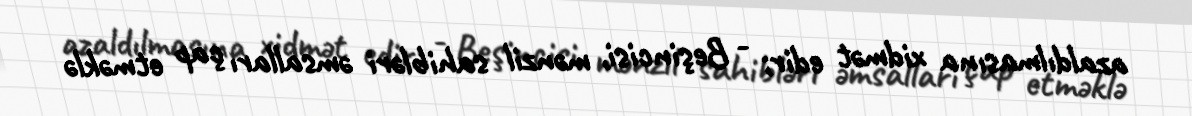
azaldılmasına xidmət edir; - Beşincisi, mənzil sahibləri əmsalları çap etməklə